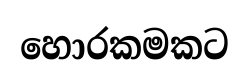
හොරකමකට